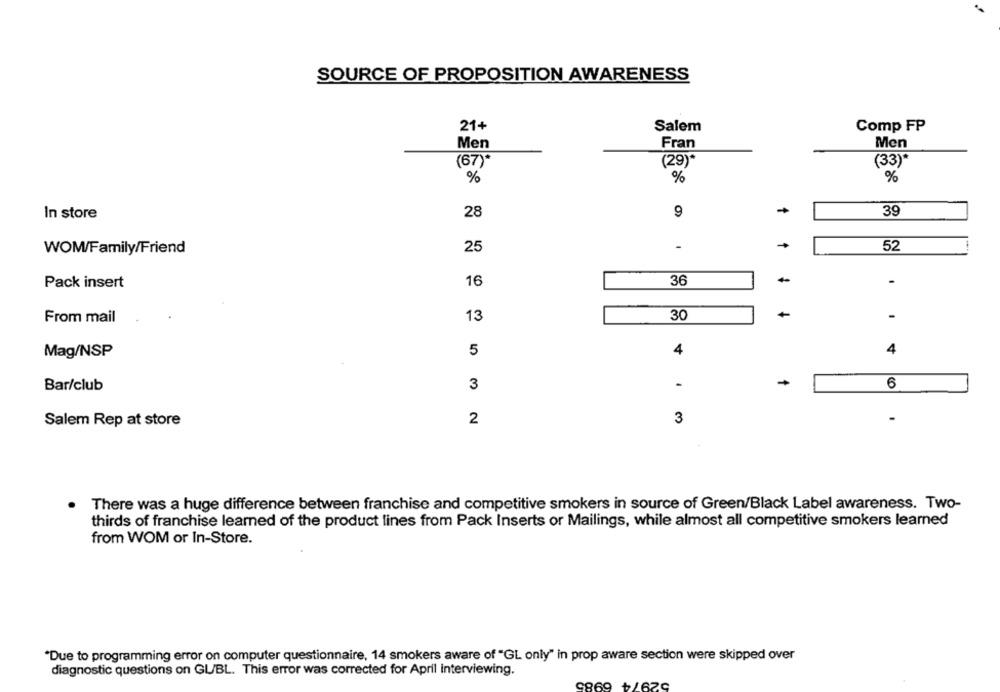
SOURCE OF PROPOSITION AWARENESS
21+
Salem
Comp FP
Men
Fran
Men
(67)*
(29)*
(33)*
%
%
%
In store
28
9
+
39
25
-
52
WOM/Family/Friend
16
36
-
Pack insert
13
30
-
From mail
5
4
4
Mag/NSP
Bar/club
3
6
2
3
Salem Rep at store
There was a huge difference between franchise and competitive smokers in source of Green/Black Label awareness. Two-
thirds of franchise learned of the product lines from Pack Inserts or Mailings, while almost all competitive smokers learned
from WOM or In-Store.
"Due to programming error on computer questionnaire, 14 smokers aware of "GL only" in prop aware section were skipped over
diagnostic questions on GL/BL. This error was corrected for April Interviewing.
52974 6985